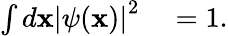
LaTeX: \begin{array}{rl}{\int d\mathbf{x}\left|\psi(\mathbf{x})\right|^{2}}&{{}=1.}\end{array}